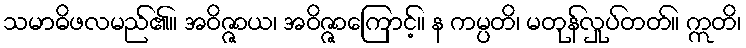
သမာဓိဖလမည်၏။ အဝိဇ္ဇာယ၊ အဝိဇ္ဇာကြောင့်။ န ကမ္ပတိ၊ မတုန်လှုပ်တတ်။ ဣတိ၊